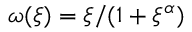
\omega ( \xi ) = \xi / ( 1 + \xi ^ { \alpha } )